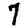
Digit: 7